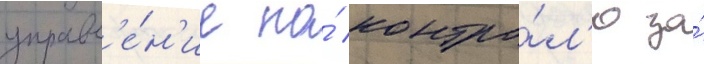
управл'е́н'ие по́ контро́л'ю за́